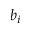
b _ { i }